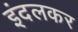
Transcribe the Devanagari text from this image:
इंदलकर